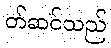
တ်ဆင်သည်